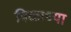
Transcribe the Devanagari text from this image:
बिळाच्या